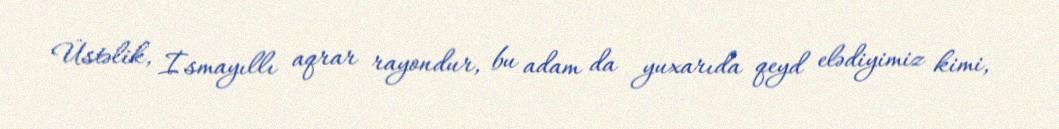
Üstəlik, İsmayıllı aqrar rayondur, bu adam da yuxarıda qeyd elədiyimiz kimi,